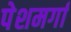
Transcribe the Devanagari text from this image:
पेशमर्गा